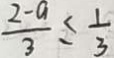
\frac { 2 - a } { 3 } \leq \frac { 1 } { 3 }